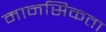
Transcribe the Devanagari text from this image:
मानसिकता